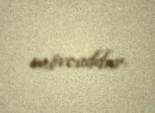
mövcuddur.